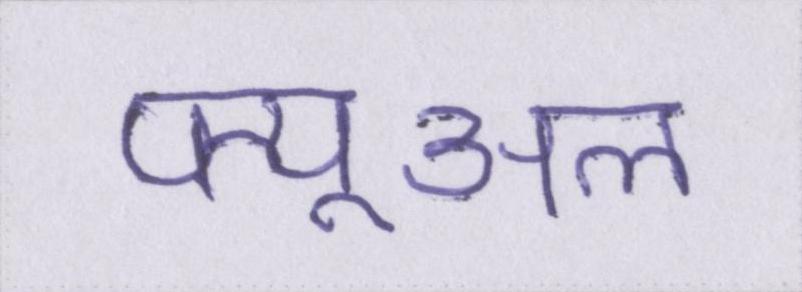
फ्यूअल